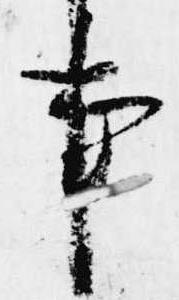
事